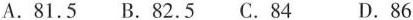
A.81.5 B.82.5 C.84 D.86